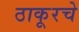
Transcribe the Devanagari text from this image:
ठाकूरचे